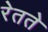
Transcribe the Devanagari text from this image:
रेतते